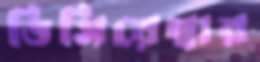
ডিসিয়েম্বার